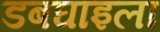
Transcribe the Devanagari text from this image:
डबघाइला